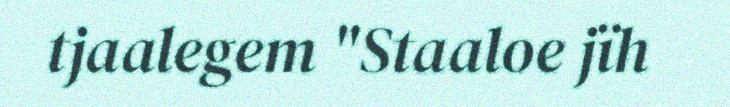
tjaalegem "Staaloe jïh